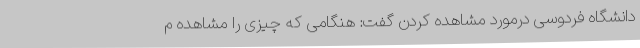
دانشگاه فردوسی درمورد مشاهده کردن گفت: هنگامی که چیزی را مشاهده م